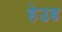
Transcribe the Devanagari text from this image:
हेउड